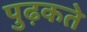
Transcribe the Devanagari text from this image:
पुढ़कते